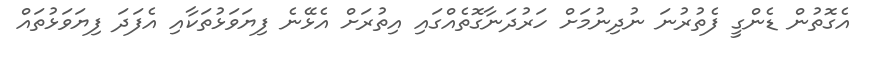
އެގޮތުން ޑެންގީ ފެތުރުނަ ނުދިނުމަށް ހަރުދަނާގޮތެއްގައި އިތުރަށް އެޅޭނެ ފިޔަވަޅުތަކާއި އެފަދަ ފިޔަވަޅުތައް